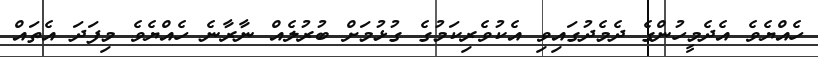
ހެއްޔެވެ އެދެމީހުންގެ ދެމެދުގައިވި އެކުވެރިކަމުގެ ގުޅުމަށް ބުރުލެއް ނާރާނެ ހެއްޔެވެ މިފަދަ އެތައް